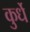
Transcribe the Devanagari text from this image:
कुर्धे